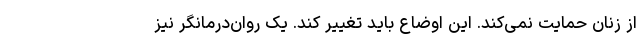
از زنان حمایت نمی‌کند. این اوضاع باید تغییر کند. یک روان‌درمانگر نیز